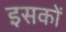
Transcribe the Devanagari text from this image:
इसकों